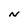
Character: N